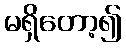
မရှိတော့၍